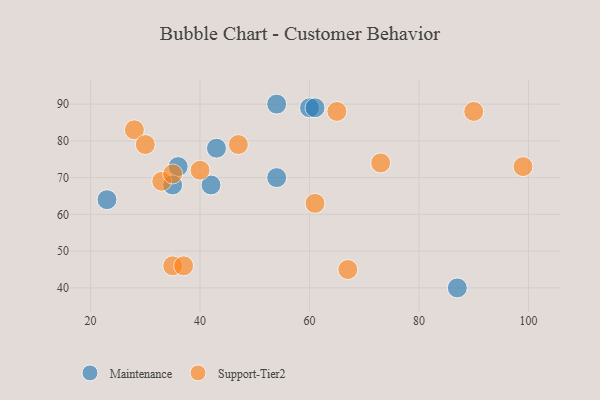
{"axis": {"x": "GDP", "y": "Life Expectancy"}, "legend": ["Maintenance", "Support-Tier2"], "data": [{"x": "36", "y": 73, "type": "Maintenance"}, {"x": "23", "y": 64, "type": "Maintenance"}, {"x": "54", "y": 70, "type": "Maintenance"}, {"x": "43", "y": 78, "type": "Maintenance"}, {"x": "54", "y": 90, "type": "Maintenance"}, {"x": "35", "y": 68, "type": "Maintenance"}, {"x": "42", "y": 68, "type": "Maintenance"}, {"x": "60", "y": 89, "type": "Maintenance"}, {"x": "61", "y": 89, "type": "Maintenance"}, {"x": "87", "y": 40, "type": "Maintenance"}, {"x": "67", "y": 45, "type": "Support-Tier2"}, {"x": "35", "y": 46, "type": "Support-Tier2"}, {"x": "65", "y": 88, "type": "Support-Tier2"}, {"x": "28", "y": 83, "type": "Support-Tier2"}, {"x": "40", "y": 72, "type": "Support-Tier2"}, {"x": "73", "y": 74, "type": "Support-Tier2"}, {"x": "33", "y": 69, "type": "Support-Tier2"}, {"x": "47", "y": 79, "type": "Support-Tier2"}, {"x": "99", "y": 73, "type": "Support-Tier2"}, {"x": "30", "y": 79, "type": "Support-Tier2"}, {"x": "35", "y": 71, "type": "Support-Tier2"}, {"x": "37", "y": 46, "type": "Support-Tier2"}, {"x": "90", "y": 88, "type": "Support-Tier2"}, {"x": "61", "y": 63, "type": "Support-Tier2"}]}